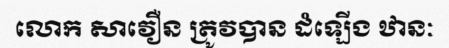
លោក សាវឿន ត្រូវបាន ដំឡើង ឋានៈ